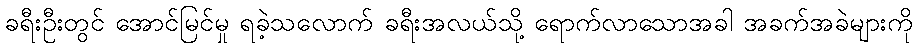
ခရီးဦးတွင် အောင်မြင်မှု ရခဲ့သလောက် ခရီးအလယ်သို့ ရောက်လာသောအခါ အခက်အခဲများကို